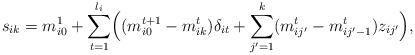
LaTeX: \begin{align*}s_{ik} = m^1_{i0}+ \sum_{t=1}^{l_i}\Bigl((m^{t+1}_{i0} - m^t_{ik})\delta_{it} + \sum_{j'=1}^k(m^t_{ij'} - m^t_{ij'-1})z_{ij'}\Bigr),\end{align*}